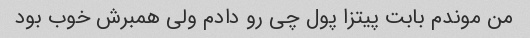
من موندم بابت پیتزا پول چی رو دادم ولی همبرش خوب بود